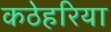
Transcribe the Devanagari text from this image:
कठेहरिया